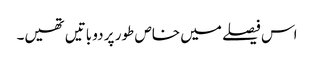
اس فیصلے میں خاص طور پر دو باتیں تھیں۔